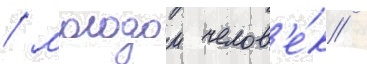
/ молодои челов'е́к /